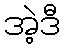
အဲ့ဒီ